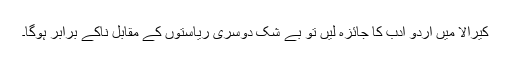
کیرالا میں اُردو ادب کا جائزہ لیں تو بے شک دوسری ریاستوں کے مقابل ناکے برابر ہوگا۔